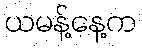
ယမန့်နေ့က